Report on sanitation, dispensaries, and jails in Rajputana for 1917, and on vaccination for the year 1917-1918 - 1917-1918
Year: 1917
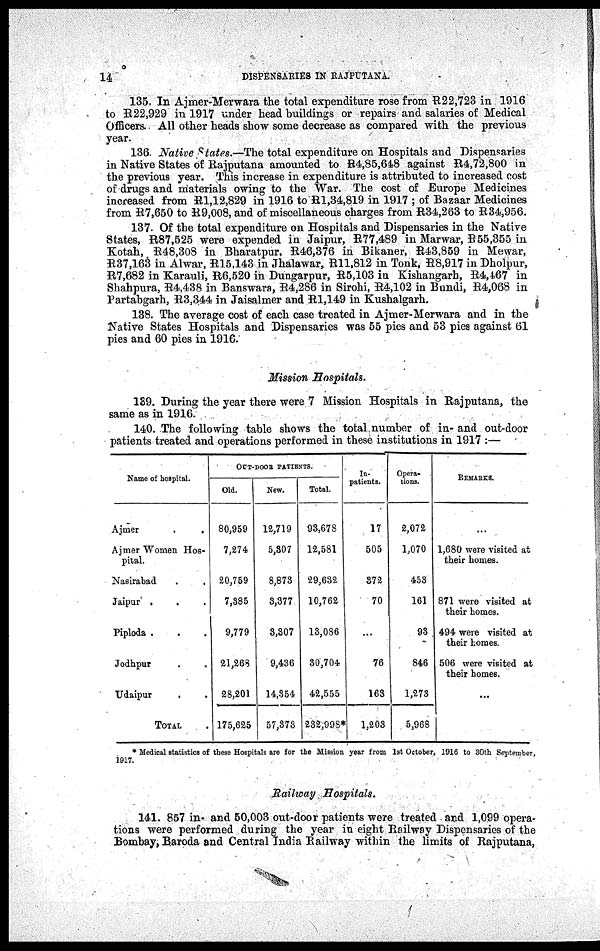
14
DISPENSARIES IN RAJPUTANA.
135. In Ajmer-Merwara the total expenditure rose from R22,723 in 1916
to R22,929 in 1917 under head buildings or repairs and salaries of Medical
Officers. All other heads show some decrease as compared with the previous
year.
136. Native States.—The total expenditure on Hospitals and Dispensaries
in Native States of Rajputana amounted to R4,85,648 against R4,72,800 in
the previous year. This increase in expenditure is attributed to increased cost
of drugs and materials owing to the War. The cost of Europe Medicines
increased from R1,12,829 in 1916 to R1,34,819 in 1917 ; of Bazaar Medicines
from R7,650 to R9,008, and of miscellaneous charges from R34,263 to R34,956.
137. Of the total expenditure on Hospitals and Dispensaries in the Native
States, R87,525 were expended in Jaipur, R77,489 in Marwar, R55,355 in
Kotah, R48,308 in Bharatpur, R46,376 in Bikaner, R43,859 in Mewar,
R37,163 in Alwar, R15,143 in Jhalawar, R11,812 in Tonk, R8,917 in Dholpur,
R7,682 in Karauli, R6,520 in Dungarpur, R5,103 in Kishangarh, R4,467 in
Shahpura, R4,438 in Banswara, R4,286 in Sirohi, R4,102 in Bundi, R4,068 in
Partabgarh, R3,344 in Jaisalmer and R1,149 in Kushalgarh.
138. The average cost of each case treated in Ajmer-Merwara and in the
Native States Hospitals and Dispensaries was 55 pies and 53 pies against 61
pies and 60 pies in 1916.
Mission Hospitals.
189. During the year there were 7 Mission Hospitals in Rajputana, the
same as in 1916.
140. The following table shows the total number of in- and out-door
patients treated and operations performed in these institutions in 1917 :—
Name of hospital.
Ajmer
.
.
Ajmer Women Hos-
pital.
Nasirabad . .
Jaipur . . .
Piploda . . .
Jodhpur . .
Udaipur . .
TOTAL .
OUT-DOOR PATIENTS.
Old.
80,959
7,274
20,759
7,385
9,779
21,268
28,201
175,625
New.
12,719
5,307
8,873
3,377
3,307
9,436
14,354
57,373
Total.
93,678
12,581
29,632
10,762
13,086
30,704
42,555
232,998*
In¬
patients.
17
505
372
70
...
76
163
1,203
Opera-
tions.
2,072
1,070
453
161
93
846
1,273
5,968
REMARKS.
...
1,680 were visited at
their homes.
871 were visited at
their homes.
494 were visited at
their homes.
506 were visited at
their homes.
...
* Medical statistics of these Hospitals are for the Mission year from 1st October, 1916 to 30th September,
1917.
Railway Hospitals.
141. 857 in and 50,003 out-door patients were treated and 1,099 opera-
tions were performed during the year in eight Railway Dispensaries of the
Bombay, Baroda and Central India Railway within the limits of Rajputana,